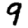
Digit: 9